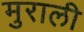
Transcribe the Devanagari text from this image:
मुराली